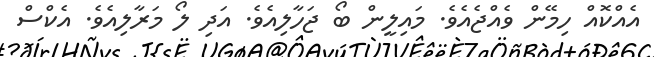
އެއްކޮއް ހިމޭން ވެއްޖެއެވެ. މައިލީން ބޯ ޖަހާލިއެވެ. އަދި ލޯ މަރާލިއެވެ. އެކްސް